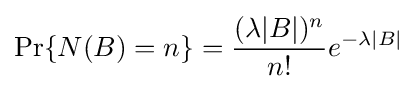
\Pr\{N(B)=n\}={\frac {(\lambda |B|)^{n}}{n!}}e^{-\lambda |B|}